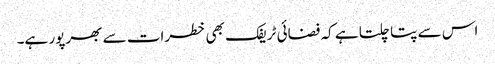
اس سے پتا چلتا ہے کہ فضائی ٹریفک بھی خطرات سے بھرپور ہے۔